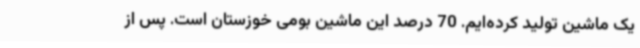
یک ماشین تولید کرده‌ایم. 70 درصد این ماشین بومی خوزستان است. پس از